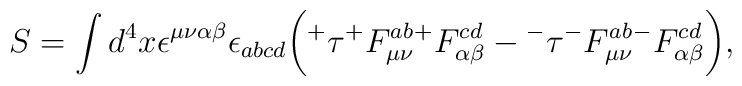
S=\int d^4 x \epsilon^{\mu\nu\alpha\beta} \epsilon_{abcd} \bigg({^+} \tau {^+}F^{ab}_{\mu\nu} {^+}F^{cd}_{\alpha\beta} - {^-} \tau{^-}F^{ab}_{\mu\nu} {^-}F^{cd}_{\alpha\beta} \bigg) ,